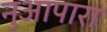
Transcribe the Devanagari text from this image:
नुआपारा